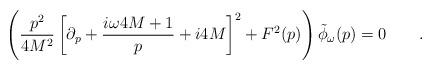
LaTeX: \begin{align*}\left( {p^2 \over 4 M^2} \left [ \partial_p + {i \omega 4 M + 1 \over p} + i 4 M\right ] ^2 + F^2 (p) \right ) \tilde \phi_\omega (p) = 0 \qquad .\end{align*}